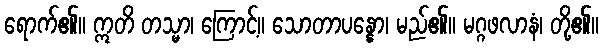
ရောက်၏။ ဣတိ တသ္မာ၊ ကြောင့်။ သောတာပန္နော၊ မည်၏။ မဂ္ဂဖလာနံ၊ တို့၏။